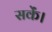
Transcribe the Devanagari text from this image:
सकेंं।